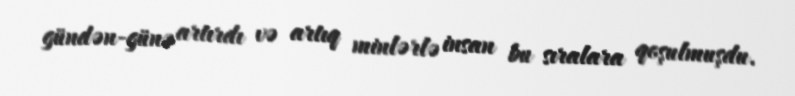
gündən-günə artırdı və artıq minlərlə insan bu sıralara qoşulmuşdu.